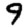
Digit: 9